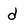
Character: d